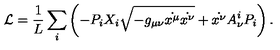
\mathcal { L } = \frac { 1 } { L } \sum _ { i } \left( - P _ { i } X _ { i } \sqrt { - g _ { \mu \nu } \dot { x ^ { \mu } } \dot { x ^ { \nu } } } + \dot { x ^ { \nu } } A _ { \nu } ^ { i } P _ { i } \right) .